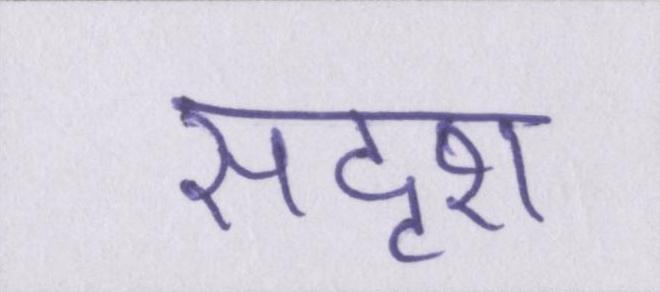
सदृश